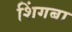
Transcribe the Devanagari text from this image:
शिंगबा